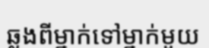
ឆ្លងពីម្នាក់ទៅម្នាក់មួយ